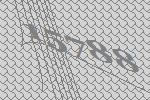
15788